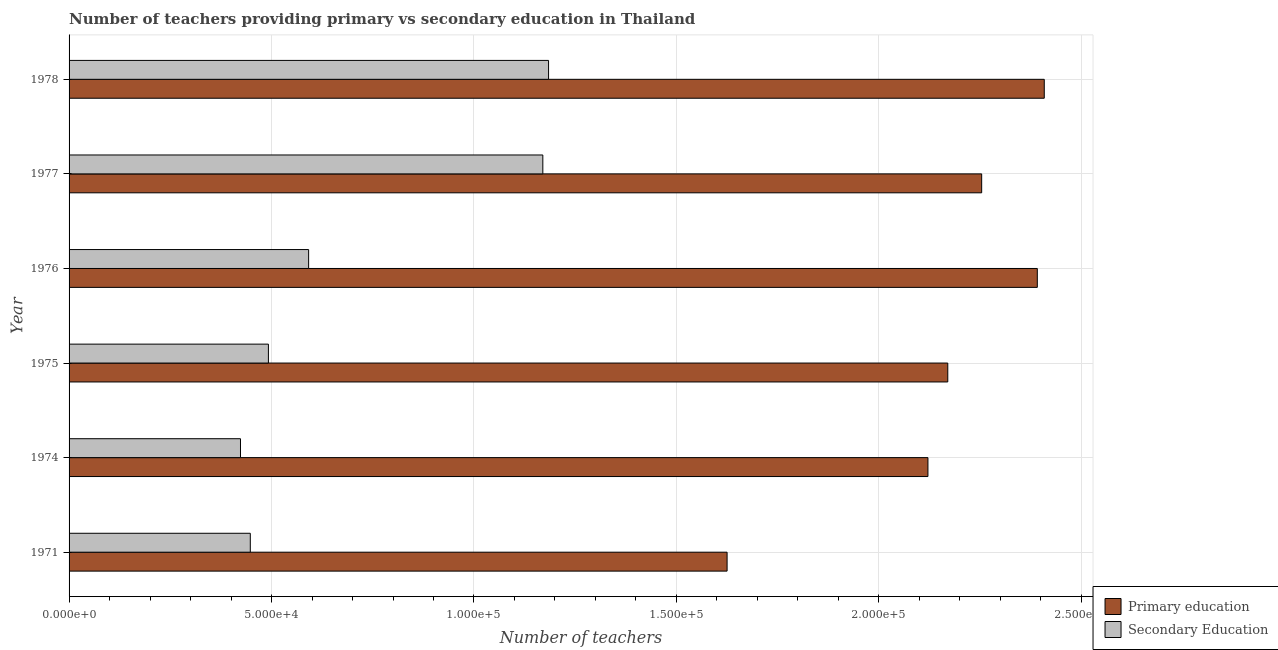
| Year | Primary education | Secondary Education |
 | --- | --- | --- |
 | 1971 | 1.63e+05 | 4.48e+04 |
 | 1974 | 2.12e+05 | 4.23e+04 |
 | 1975 | 2.17e+05 | 4.92e+04 |
 | 1976 | 2.39e+05 | 5.92e+04 |
 | 1977 | 2.25e+05 | 1.17e+05 |
 | 1978 | 2.41e+05 | 1.18e+05 |